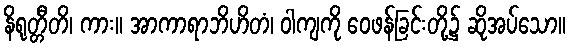
နိရုတ္တီတိ၊ ကား။ အာကာရာဘိဟိတံ၊ ဝါကျကို ဝေဖန်ခြင်းတို့၌ ဆိုအပ်သော။